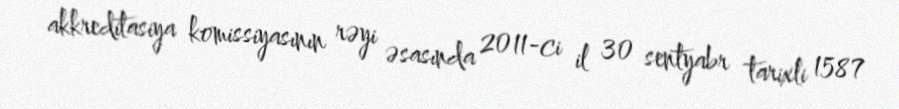
akkreditasiya komissiyasının rəyi əsasında 2011-ci il 30 sentyabr tarixli 1587